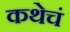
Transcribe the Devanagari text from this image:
कथेचं